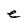
Character: e